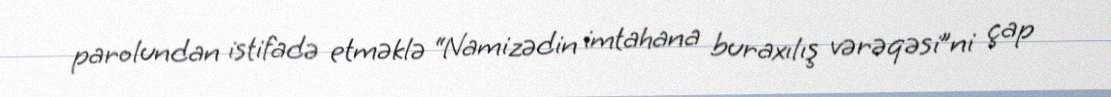
parolundan istifadə etməklə “Namizədin imtahana buraxılış vərəqəsi”ni çap